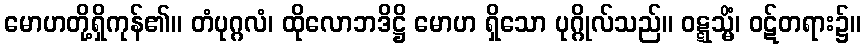
မောဟတို့ရှိကုန်၏။ တံပုဂ္ဂလံ၊ ထိုလောဘဒိဋ္ဌိ မောဟ ရှိသော ပုဂ္ဂိုလ်သည်။ ဝဋ္ဋသ္မိံ၊ ဝဋ်တရား၌။